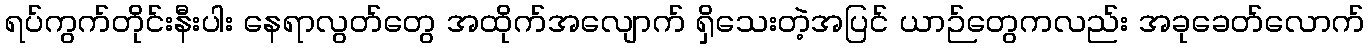
ရပ်ကွက်တိုင်းနီးပါး နေရာလွတ်တွေ အထိုက်အလျောက် ရှိသေးတဲ့အပြင် ယာဉ်တွေကလည်း အခုခေတ်လောက်